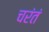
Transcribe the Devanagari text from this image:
चरंतं